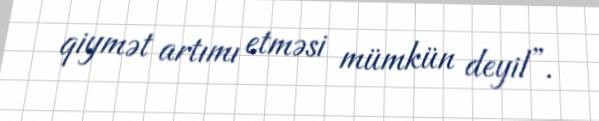
qiymət artımı etməsi mümkün deyil”.